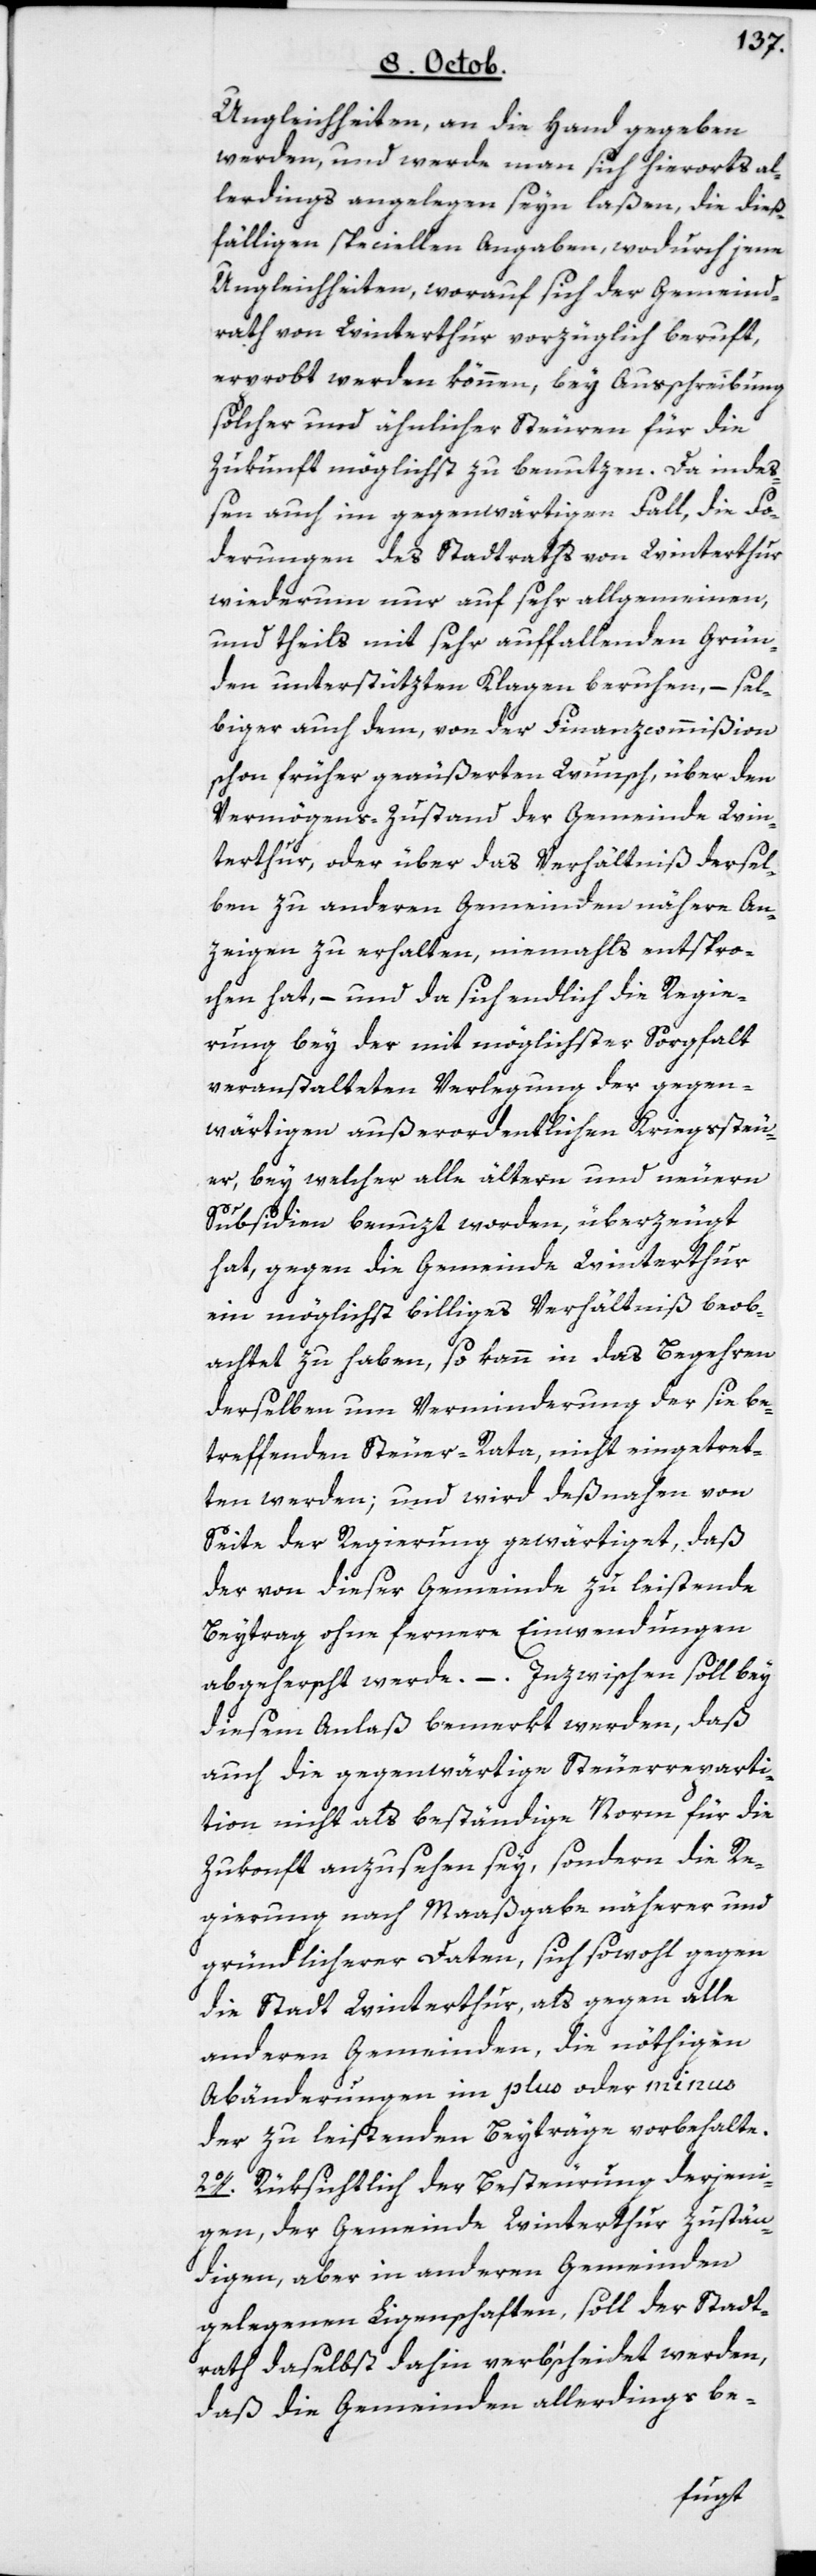
Ungleichheiten, an die Hand gegeben
werden, und werde man sich hierorts al¬
lerdings angelegen seyn laßen, die dieß¬
fälligen speciellen Angaben, wodurch jene
Ungleichheiten, worauf sich der Gemeind¬
rath von Winterthur vorzüglich beruft,
erprobt werden können, bey Ausschreibung
solcher und ähnlicher Steuren für die
Zukunft möglichst zu benutzen. Da inde¬
ßen auch im gegenwärtigen Fall, die For¬
derungen des Stadtraths von Winterthur
wiederum nur auf sehr allgemeinen,
und theils mit sehr auffallenden Grün¬
den unterstützen Klagen beruhen, – sel¬
biger auch dem, von der Finanzcommißion
schon früher geäußerten Wunsch, über den
Vermögens-Zustand der Gemeinde Win¬
terthur, oder über das Verhältniß dersel¬
ben zu anderen Gemeinden nähere An¬
zeigen zu erhalten, niemahls entspro¬
chen hat, – und da sich endlich die Regie¬
rung bey der mit möglichster Sorgfalt
veranstalteten Verlegung der gegen¬
wärtigen außerordentlichen Kriegssteu¬
er, bey welcher alle ältern und neuern
Subsidien benuzt worden, überzeugt
hat, gegen die Gemeinde Winterthur
ein möglichst billiges Verhältniß beob¬
achtet zu haben, so kann in das Begehren
derselben um Verminderung der sie be¬
treffenden Steuer-Rata, nicht eingetret¬
ten werden, und wird deßnahen von
Seite der Regierung gewärtiget, daß
der von dieser Gemeinde zu leistende
Beytrag ohne fernere Einwendungen
abgeherscht werde. –Inzwischen soll bey
diesem Anlaß bemerkt werden, daß
auch die gegenwärtige Steuerreparti¬
tion nicht als beständige Norm für die
Zukonft anzusehen sey, sondern die Re¬
gierung nach Maaßgabe näherer und
gründlicherer Daten, sich sowohl gegen
die Stadt Winterthur, als gegen alle
anderen Gemeinden, die nöthigen
Abänderungen im plus oder minus
der zu leistenden Beyträge vorbehalte.
2o. Rüksichtlich der Besteurung derjeni¬
gen, der Gemeinde Winterthur zustän¬
digen, aber in andern Gemeinden
gelegenen Liegenschaften, soll der Stadt¬
rath daselbst dahin verb’scheidet werden,
daß die Gemeinden allerdings be-